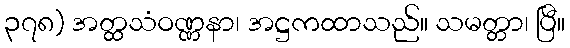
၃၇၈) အတ္ထသံဝဏ္ဏနာ၊ အဋ္ဌကထာသည်။ သမတ္တာ၊ ပြီ။